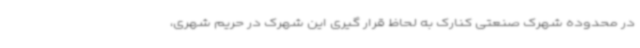
در محدوده شهرک صنعتی کنارک به لحاظ قرار گیری این شهرک در حریم شهری،